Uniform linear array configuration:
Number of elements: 12
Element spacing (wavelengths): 0.75
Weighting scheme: hamming
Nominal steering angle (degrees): -60
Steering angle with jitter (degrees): -59.813
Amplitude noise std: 0.05
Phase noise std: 0.05

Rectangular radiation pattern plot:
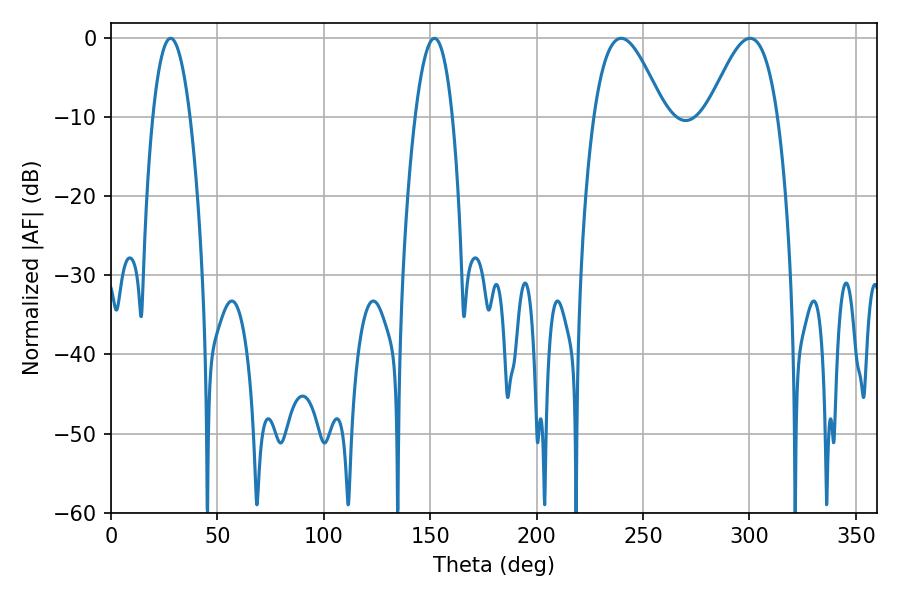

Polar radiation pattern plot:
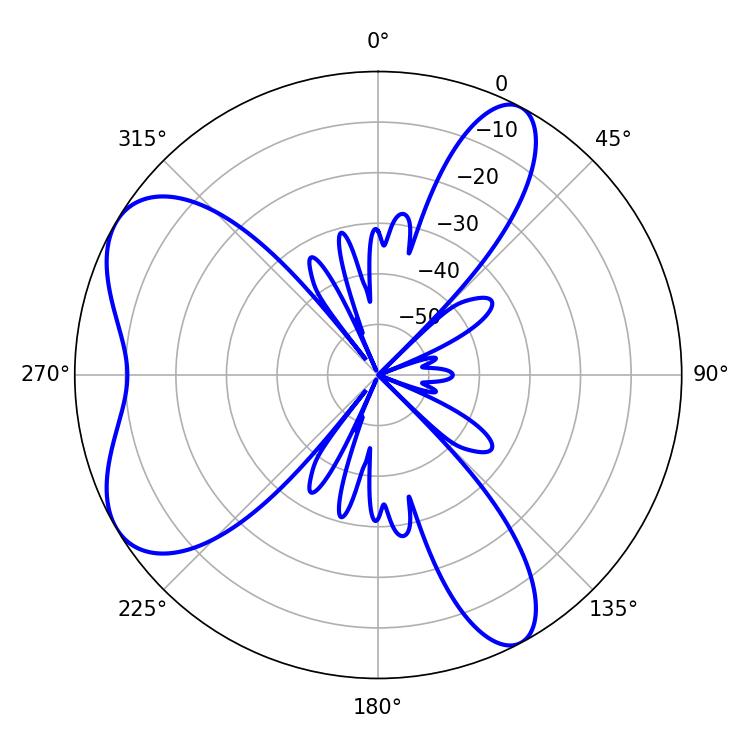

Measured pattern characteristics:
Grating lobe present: TRUE
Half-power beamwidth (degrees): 17.82
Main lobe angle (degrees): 239.76